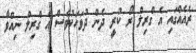
ރެއެއްގައި އެ ގްރިލް ރޯ ކުރީ ދެން ދުވަހަކުވެސް އެ ގްރިލް ނިއްވާ